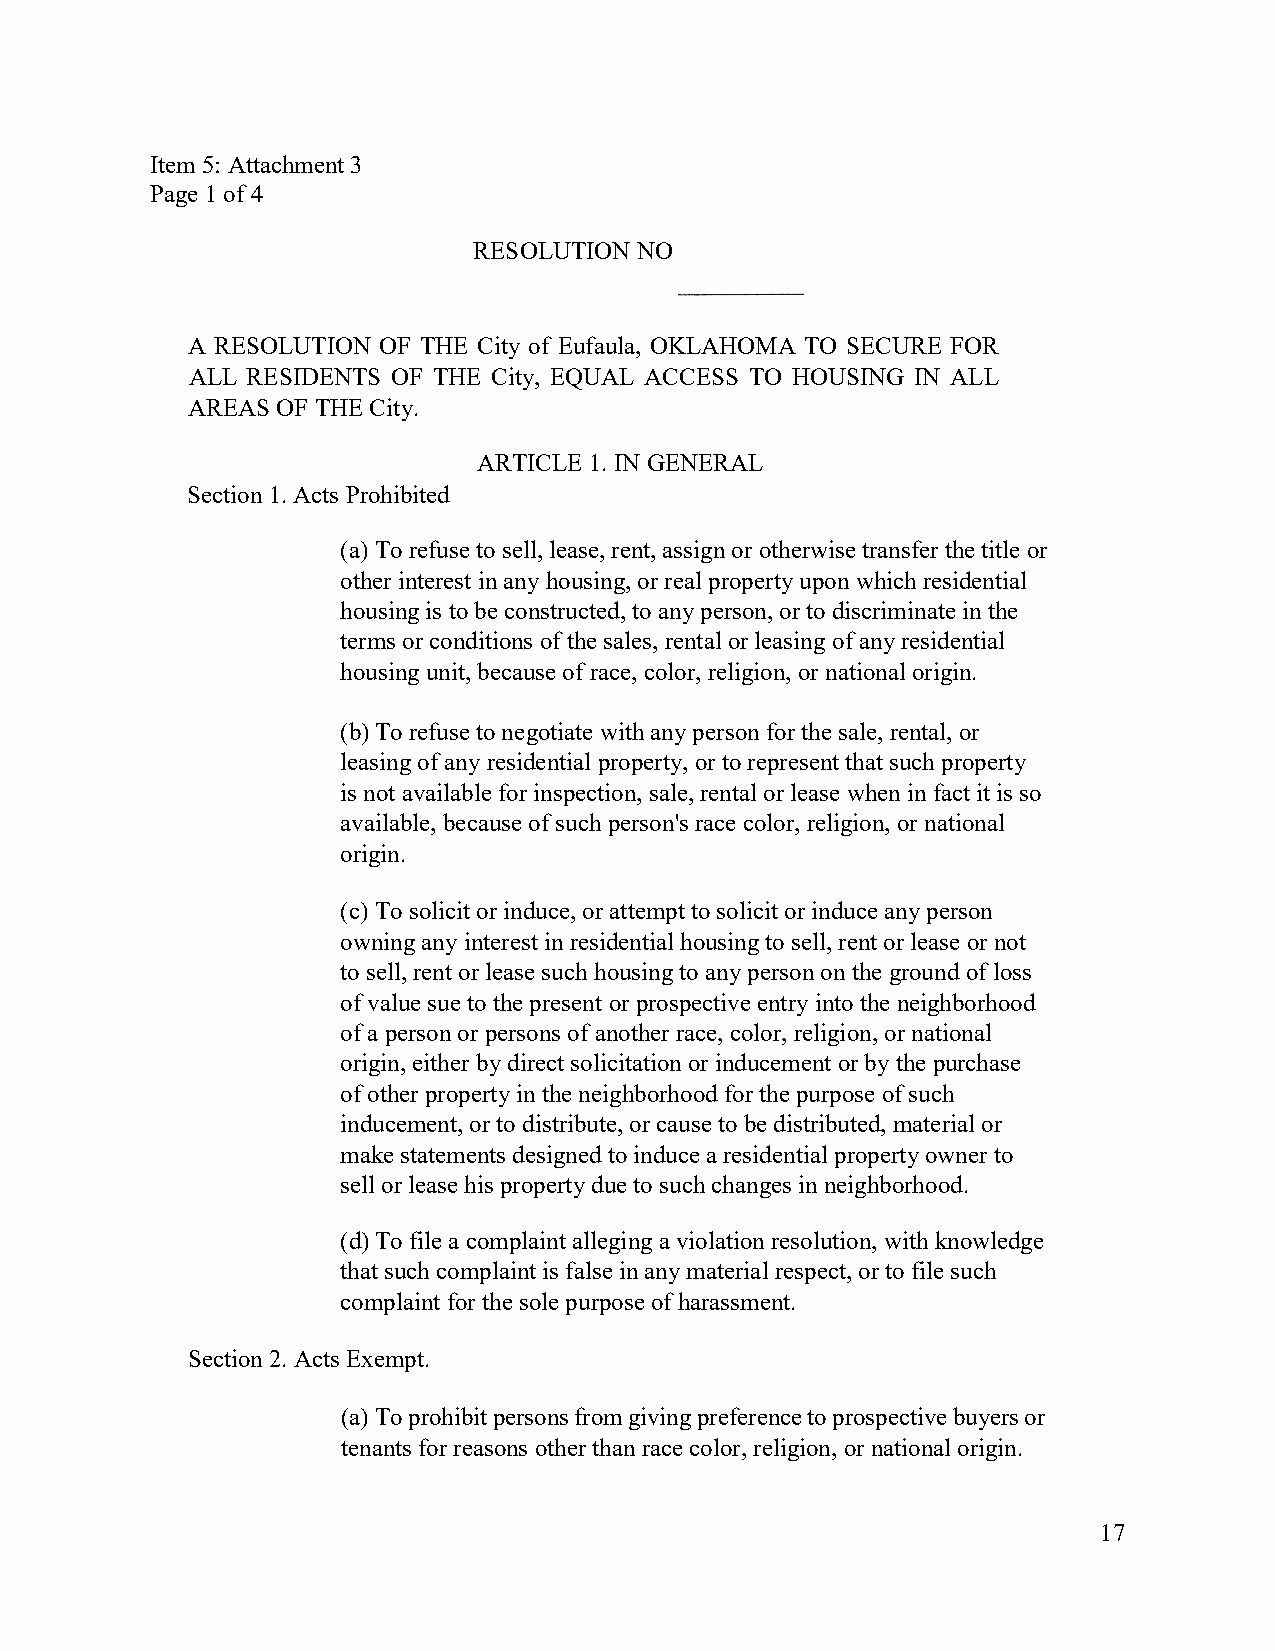
Item 5: Attachment 3
 Page 1 of 4
 RESOLUTION NO
 A RESOLUTION OF THE City of Eufaula, OKLAHOMA TO SECURE FOR
 ALL RESIDENTS OF THE City, EQUAL ACCESS TO HOUSING IN ALL
 AREAS OF THE City.
 ARTICLE 1. IN GENERAL
 Section 1. Acts Prohibited
 (a) To refuse to sell, lease, rent, assign or otherwise transfer the title or
 other interest in any housing, or real property upon which residential
 housing is to be constructed, to any person, or to discriminate in the
 terms or conditions of the sales, rental or leasing of any residential
 housing unit, because of race, color, religion, or national origin.
 (b) To refuse to negotiate with any person for the sale, rental, or
 leasing of any residential property, or to represent that such property
 is not available for inspection, sale, rental or lease when in fact it is so
 available, because of such person's race color, religion, or national
 origin.
 (c) To solicit or induce, or attempt to solicit or induce any person
 owning any interest in residential housing to sell, rent or lease or not
 to sell, rent or lease such housing to any person on the ground of loss
 of value sue to the present or prospective entry into the neighborhood
 of a person or persons of another race, color, religion, or national
 origin, either by direct solicitation or inducement or by the purchase
 of other property in the neighborhood for the purpose of such
 inducement, or to distribute, or cause to be distributed, material or
 make statements designed to induce a residential property owner to
 sell or lease his property due to such changes in neighborhood.
 (d) To file a complaint alleging a violation resolution, with knowledge
 that such complaint is false in any material respect, or to file such
 complaint for the sole purpose of harassment.
 Section 2. Acts Exempt.
 (a) To prohibit persons from giving preference to prospective buyers or
 tenants for reasons other than race color, religion, or national origin.
 17